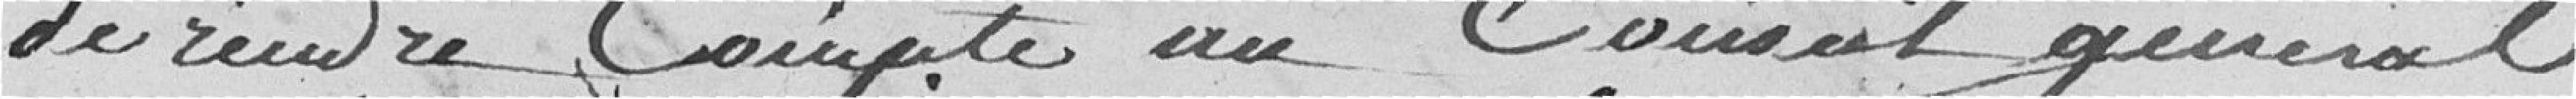
de rendre compte au Conseil général